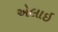
એલાઇ